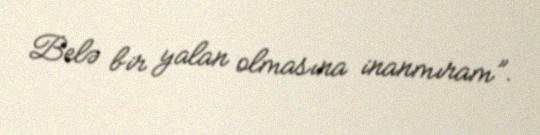
Belə bir yalan olmasına inanmıram”.